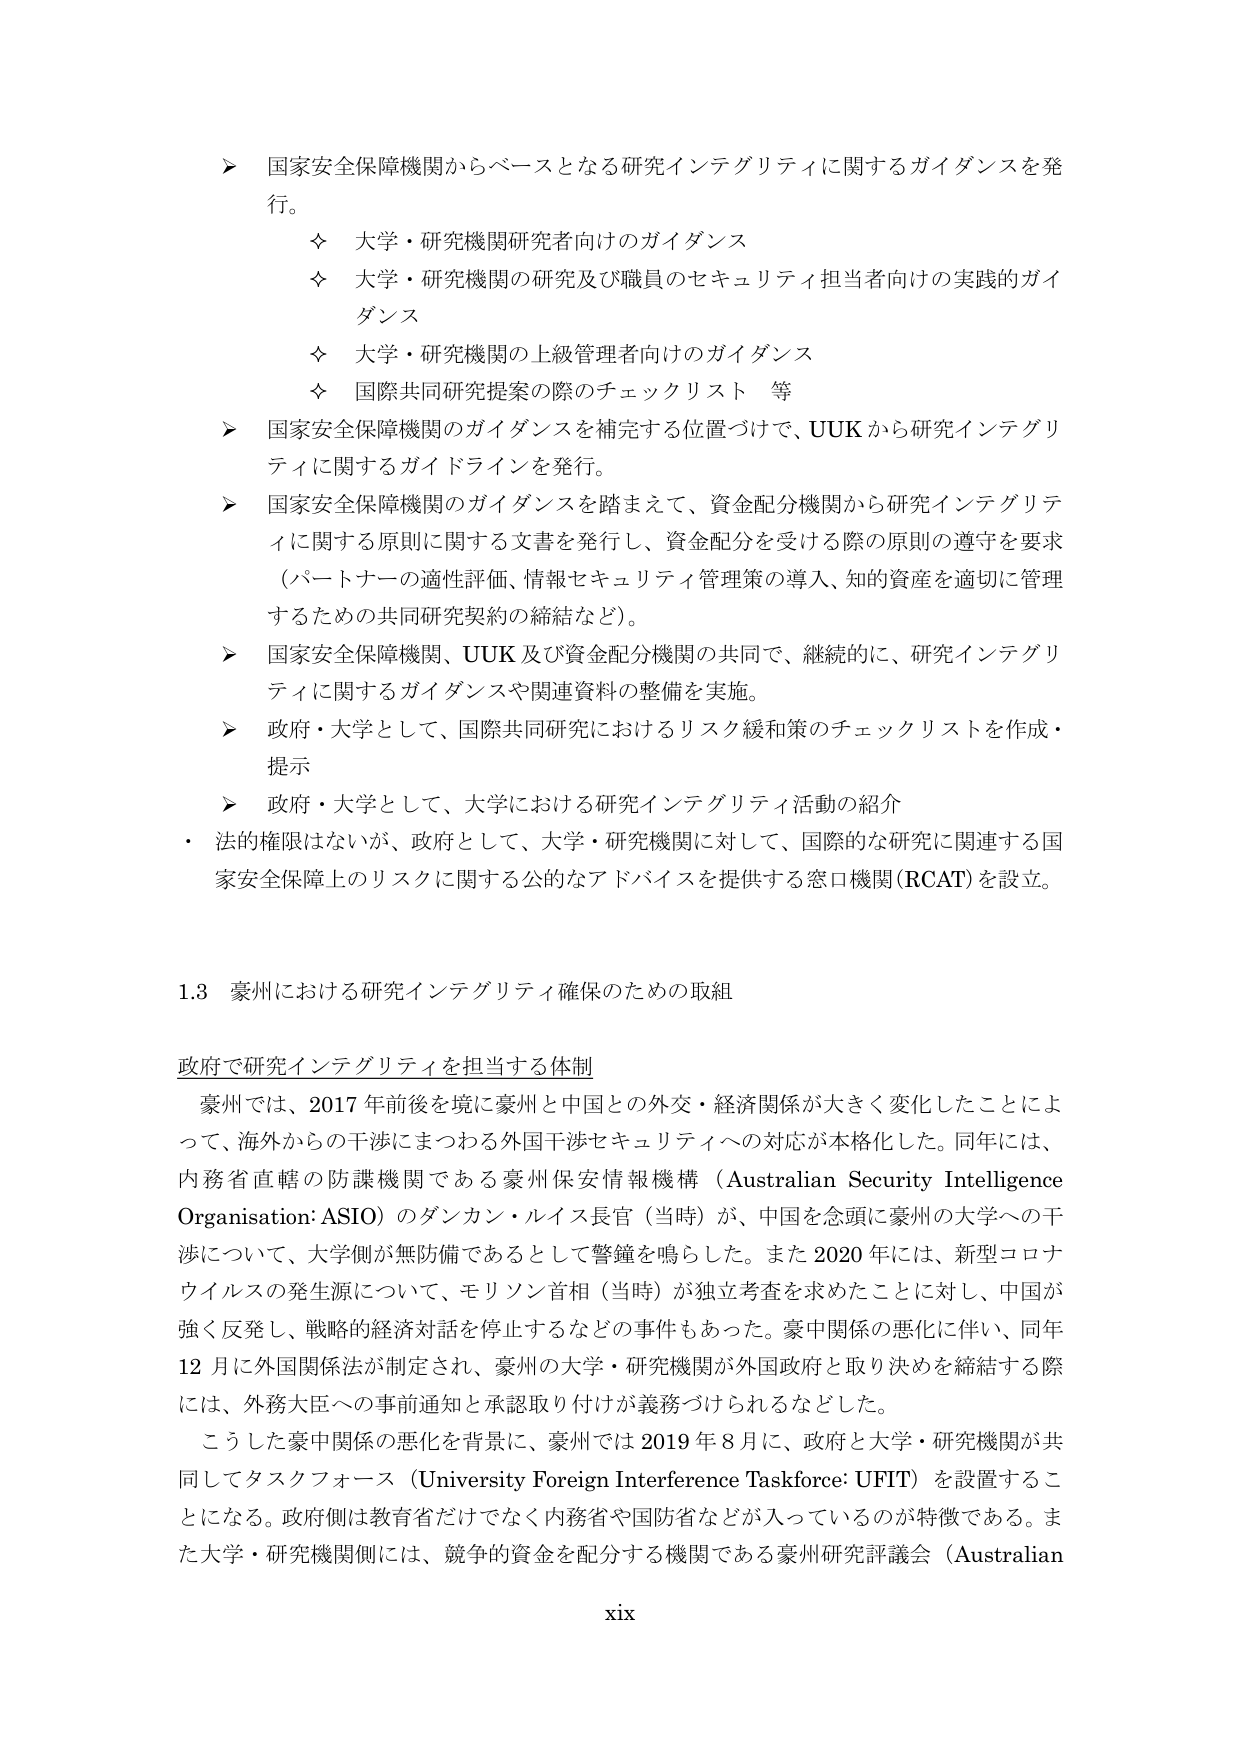
➤ 国家安全保障機関からベースとなる研究インテグリティに関するガイダンスを発行。
　　✧ 大学・研究機関研究者向けのガイダンス
　　✧ 大学・研究機関の研究及び職員のセキュリティ担当者向けの実践的ガイダンス
　　✧ 大学・研究機関の上級管理者向けのガイダンス
　　✧ 国際共同研究提案の際のチェックリスト 等

➤ 国家安全保障機関のガイダンスを補完する位置づけで、UUKから研究インテグリティに関するガイドラインを発行。

➤ 国家安全保障機関のガイダンスを踏まえて、資金配分機関から研究インテグリティに関する原則に関する文書を発行し、資金配分を受ける際の原則の遵守を要求（パートナーの適性評価、情報セキュリティ管理策の導入、知的資産を適切に管理するための共同研究契約の締結など）。

➤ 国家安全保障機関、UUK及び資金配分機関の共同で、継続的に、研究インテグリティに関するガイダンスや関連資料の整備を実施。

➤ 政府・大学として、国際共同研究におけるリスク緩和策のチェックリストを作成・提示

➤ 政府・大学として、大学における研究インテグリティ活動の紹介

・ 法的権限はないが、政府として、大学・研究機関に対して、国際的な研究に関連する国家安全保障上のリスクに関する公的なアドバイスを提供する窓口機関（RCAT）を設立。

1.3 豪州における研究インテグリティ確保のための取組

政府で研究インテグリティを担当する体制

　豪州では、2017年前後を境に豪州と中国との外交・経済関係が大きく変化したことによって、海外からの干渉にまつわる外国干渉セキュリティへの対応が本格化した。同年には、内務省直轄の防諜機関である豪州保安情報機構（Australian Security Intelligence Organisation: ASIO）のダンカン・ルイス長官（当時）が、中国を念頭に豪州の大学への干渉について、大学側が無防備であるとして警鐘を鳴らした。また2020年には、新型コロナウイルスの発生源について、モリソン首相（当時）が独立調査を求めたことに対し、中国が強く反発し、戦略的経済対話を停止するなどの事件もあった。豪中関係の悪化に伴い、同年12月に外国関係法が制定され、豪州の大学・研究機関が外国政府と取り決めを締結する際には、外務大臣への事前通知と承認取り付けが義務づけられるなどした。

　こうした豪中関係の悪化を背景に、豪州では2019年8月に、政府と大学・研究機関が共同してタスクフォース（University Foreign Interference Taskforce: UFIT）を設置することになる。政府側は教育省だけでなく内務省や国防省などが入っているのが特徴である。また大学・研究機関側には、競争的資金を配分する機関である豪州研究評議会（Australian

xix